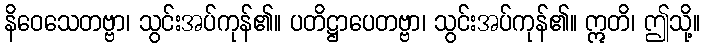
နိဝေသေတဗ္ဗာ၊ သွင်းအပ်ကုန်၏။ ပတိဋ္ဌာပေတဗ္ဗာ၊ သွင်းအပ်ကုန်၏။ ဣတိ၊ ဤသို့။